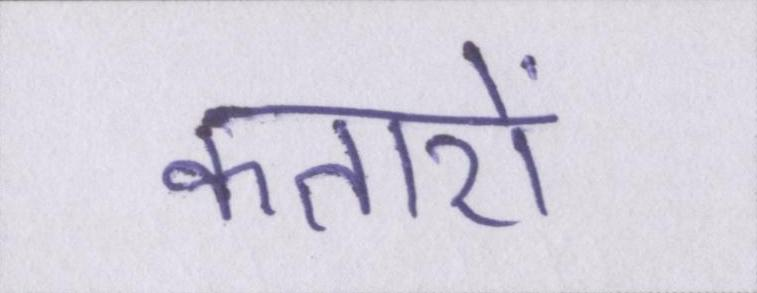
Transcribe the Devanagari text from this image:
कतारों